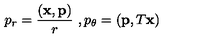
p _ { r } = \frac { ( { \bf x } , { \bf p } ) } { r } \ , p _ { \theta } = ( { \bf p } , T { \bf x } )